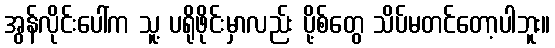
အွန်လိုင်းပေါ်က သူ့ ပရိုဖိုင်းမှာလည်း ပို့စ်တွေ သိပ်မတင်တော့ပါဘူး။